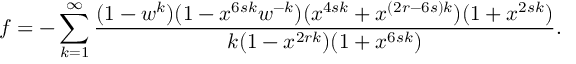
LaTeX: f = - \sum _ { k = 1 } ^ { \infty } \frac { ( 1 - w ^ { k } ) ( 1 - x ^ { 6 s k } w ^ { - k } ) ( x ^ { 4 s k } + x ^ { ( 2 r - 6 s ) k } ) ( 1 + x ^ { 2 s k } ) } { k ( 1 - x ^ { 2 r k } ) ( 1 + x ^ { 6 s k } ) } .